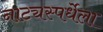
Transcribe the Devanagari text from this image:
नाट्यस्पर्धेला